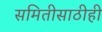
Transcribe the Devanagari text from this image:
समितीसाठीही